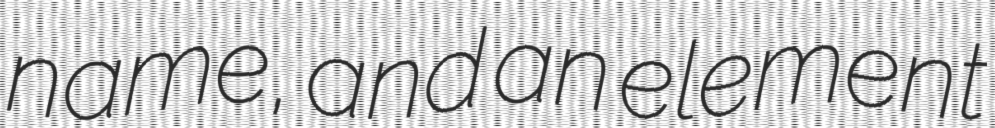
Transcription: name, and an element